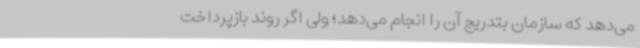
می‌دهد که سازمان بتدریج آن را انجام می‌دهد؛ ولی اگر روند بازپرداخت‌